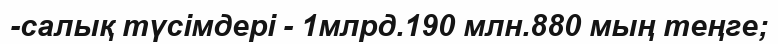
-салық түсімдері - 1млрд.190 млн.880 мың теңге;